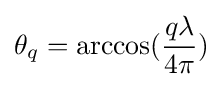
\theta _{q}=\arccos({\frac {q\lambda }{4\pi }})